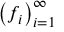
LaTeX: \left( f _ { i } \right) _ { i = 1 } ^ { \infty }